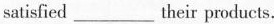
satisfied___their products.